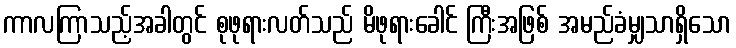
ကာလကြာသည့်အခါတွင် စုဖုရားလတ်သည် မိဖုရားခေါင် ကြီးအဖြစ် အမည်ခံမျှသာရှိသော